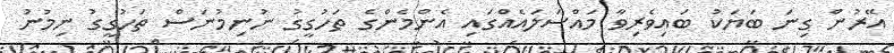
އޭރުން ގިނަ ބަޔަކު ބައިވެރިވާ މައްސަލައެއްގައި އެންމެންގެ ތަހުގީގު ނުނިމުނަސް ތަހުގީގު ނިމުނު